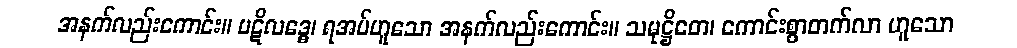
အနက်လည်းကောင်း။ ပဋိလဒ္ဓေ၊ ရအပ်ဟူသော အနက်လည်းကောင်း။ သမုဋ္ဌိတေ၊ ကောင်းစွာတက်လာ ဟူသော